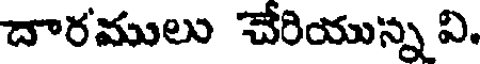
దారములు చేరియున్న వి.